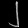
Digit: ၂